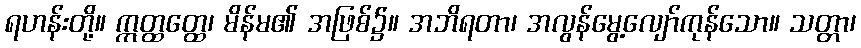
ရဟန်းတို့။ ဣတ္ထတ္ထေ၊ မိန်မ၏ အဖြစ်၌။ အဘိရတာ၊ အလွန်မွေ့လျော်ကုန်သော။ သတ္တာ၊